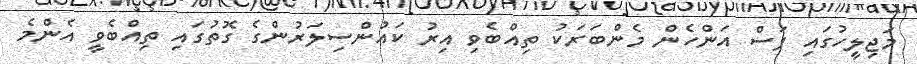
މަޖިލީހުގައި ފަސް އަންހެން މެންބަރަކު ތިއްބެވި އިރު ކައުންސިލަރުންގެ ގޮތުގައި ތިއްބެވީ އެންމެ